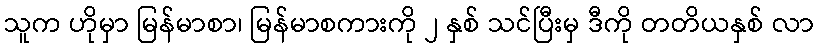
သူက ဟိုမှာ မြန်မာစာ၊ မြန်မာစကားကို ၂ နှစ် သင်ပြီးမှ ဒီကို တတိယနှစ် လာ